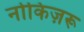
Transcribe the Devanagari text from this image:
नोकिज़रू